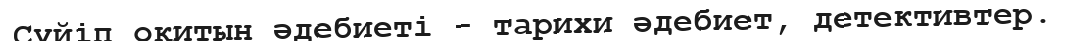
Сүйіп оқитын әдебиеті - тарихи әдебиет, детективтер.